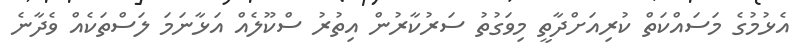
އެޅުމުގެ މަސައްކަތް ކުރިއަށްދާތީ މިވަގުތު ސަރުކާރުން އިތުރު ސްކޫލެއް އަޅާނަމަ ލަސްތަކެއް ވެދާނެ